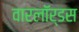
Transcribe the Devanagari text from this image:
वारलॉर्डस